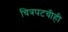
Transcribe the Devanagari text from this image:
चित्रपटचीही